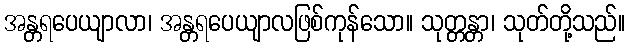
အန္တရပေယျာလာ၊ အန္တရပေယျာလဖြစ်ကုန်သော။ သုတ္တန္တာ၊ သုတ်တို့သည်။